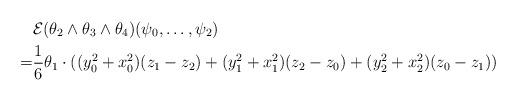
LaTeX: \begin{align*} &\mathcal{E} (\theta_2\wedge \theta_3\wedge \theta_4) (\psi_0,\dots,\psi_{2})\\=&\frac{1}{6}\theta_1 \cdot ((y_0^2+x_0^2)(z_1-z_2)+(y_1^2+x_1^2)(z_2-z_0)+(y_2^2+x_2^2)(z_0-z_1)) \end{align*}